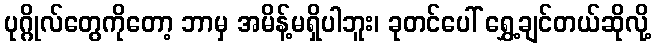
ပုဂ္ဂိုလ်တွေကိုတော့ ဘာမှ အမိန့်မရှိပါဘူး၊ ခုတင်ပေါ် ရွှေ့ချင်တယ်ဆိုလို့